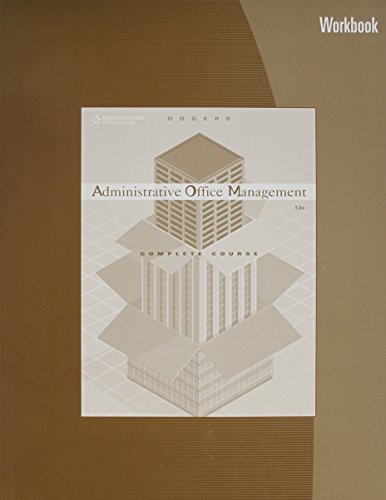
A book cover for Administrative Office Management Workbook; Pattie Gibson; Business & Money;